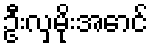
ဦးလှမိုးအောင်